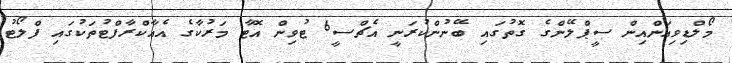
މޯލްޑިވިއަންއިން ސީޕްލޭންގެ ގޮތުގައި ބޭނުންކުރަނީ އެޗްސީ6 ޓުވިން އޮޓާ މަރުކާގެ އެއާކްރާފްޓުތަކުގައި ފްލޯޓު